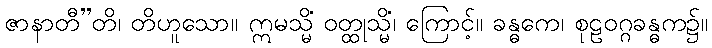
ဇာနာတီ”တိ၊ တိဟူသော။ ဣမသ္မိံ ဝတ္ထုသ္မိံ၊ ကြောင့်။ ခန္ဓကေ၊ စုဠဝဂ္ဂခန္ဓက၌။